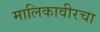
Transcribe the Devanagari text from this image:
मालिकावीरचा